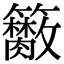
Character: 𥷭